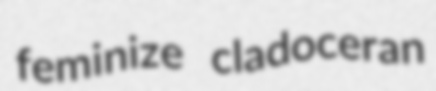
feminize cladoceran